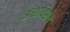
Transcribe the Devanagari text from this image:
अंशविशेष